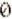
0